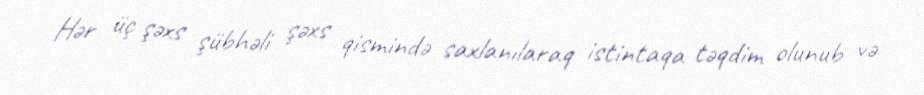
Hər üç şəxs şübhəli şəxs qismində saxlanılaraq istintaqa təqdim olunub və